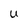
Character: U